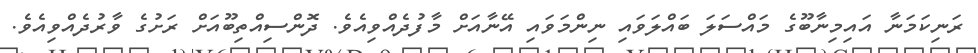
ރަނިކަމަނާ އައިމިނާބޫގެ މައްސަލަ ބައްލަވައި ނިންމަވައި އޭނާއަށް މާފުދެއްވިއެވެ. ދޮންސިއްތިބޫއަށް ރަށުގެ ވާރުދެއްވިއެވެ.